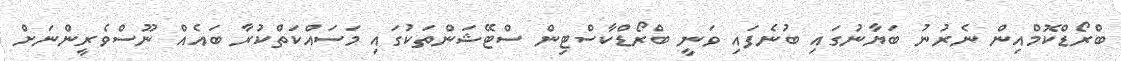
ބްރޯޑްކޮމްއިން ނެރުނު ބަޔާނުގައި ބުނެފައި ވަނީ ބްރޯޑްކާސްޓިން ސްޓޭޝަންތަކުގައި މަސައްކަތްކުރާ ބައެއް ނޫސްވެރީންނަށް